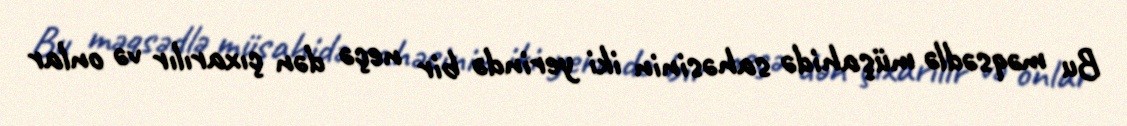
Bu məqsədlə müşahidə sahəsinin iki yerində bir neçə dən çıxarılır və onlar